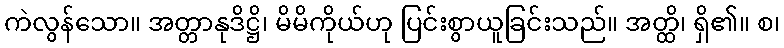
ကဲလွန်သော။ အတ္တာနုဒိဋ္ဌိ၊ မိမိကိုယ်ဟု ပြင်းစွာယူခြင်းသည်။ အတ္ထိ၊ ရှိ၏။ စ၊